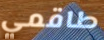
طاقمي